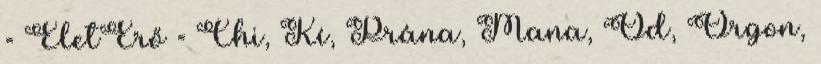
= ÉletErő = Chi, Kí, Prána, Mana, Od, Orgon,